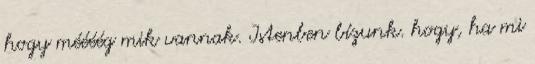
hogy méééég mik vannak. Istenben bízunk. hogy, ha mi